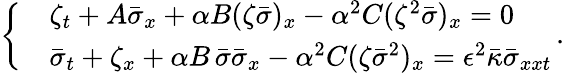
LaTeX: \left\{ \begin{array}{rl}&{\zeta_{t}+A\bar{\sigma}_{x}+\alpha B(\zeta\bar{\sigma})_{x}-\alpha^{2}C(\zeta^{2}\bar{\sigma})_{x}=0}\\ &{\bar{\sigma}_{t}+\zeta_{x}+\alpha B\, \bar{\sigma}\bar{\sigma}_{x}-\alpha^{2}C(\zeta\bar{\sigma}^{2})_{x}=\epsilon^{2}\bar{\kappa}\bar{\sigma}_{xxt}}\end{array}\right.\, .